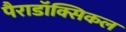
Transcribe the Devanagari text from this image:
पैराडॉक्सिकल